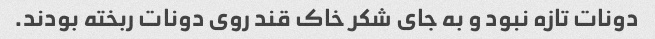
دونات تازه نبود و به جای شکر خاک قند روی دونات ربخته بودند.